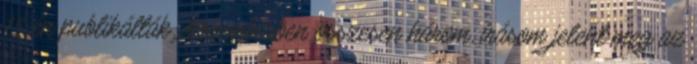
15-én publikálták. Novemberben összesen három, írásom jelent meg az